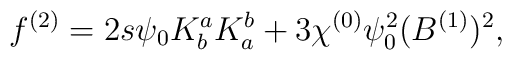
f^{(2)} =  2 s \psi_0 K^a_b K^b_a  + 3 \chi^{(0)} \psi_0^2 (B^{(1)})^2,